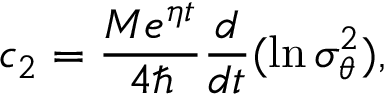
c _ { 2 } = \frac { M e ^ { \eta t } } { 4 \hbar } \frac d { d t } ( \ln \sigma _ { \theta } ^ { 2 } ) ,